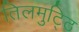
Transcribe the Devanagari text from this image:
तिलमुट्ठि